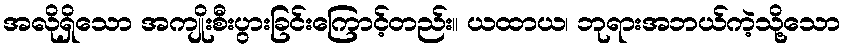
အလိုရှိသော အကျိုးစီးပွားခြင်းကြောင့်တည်း။ ယထာယ၊ ဘုရားအဘယ်ကဲ့သို့သော